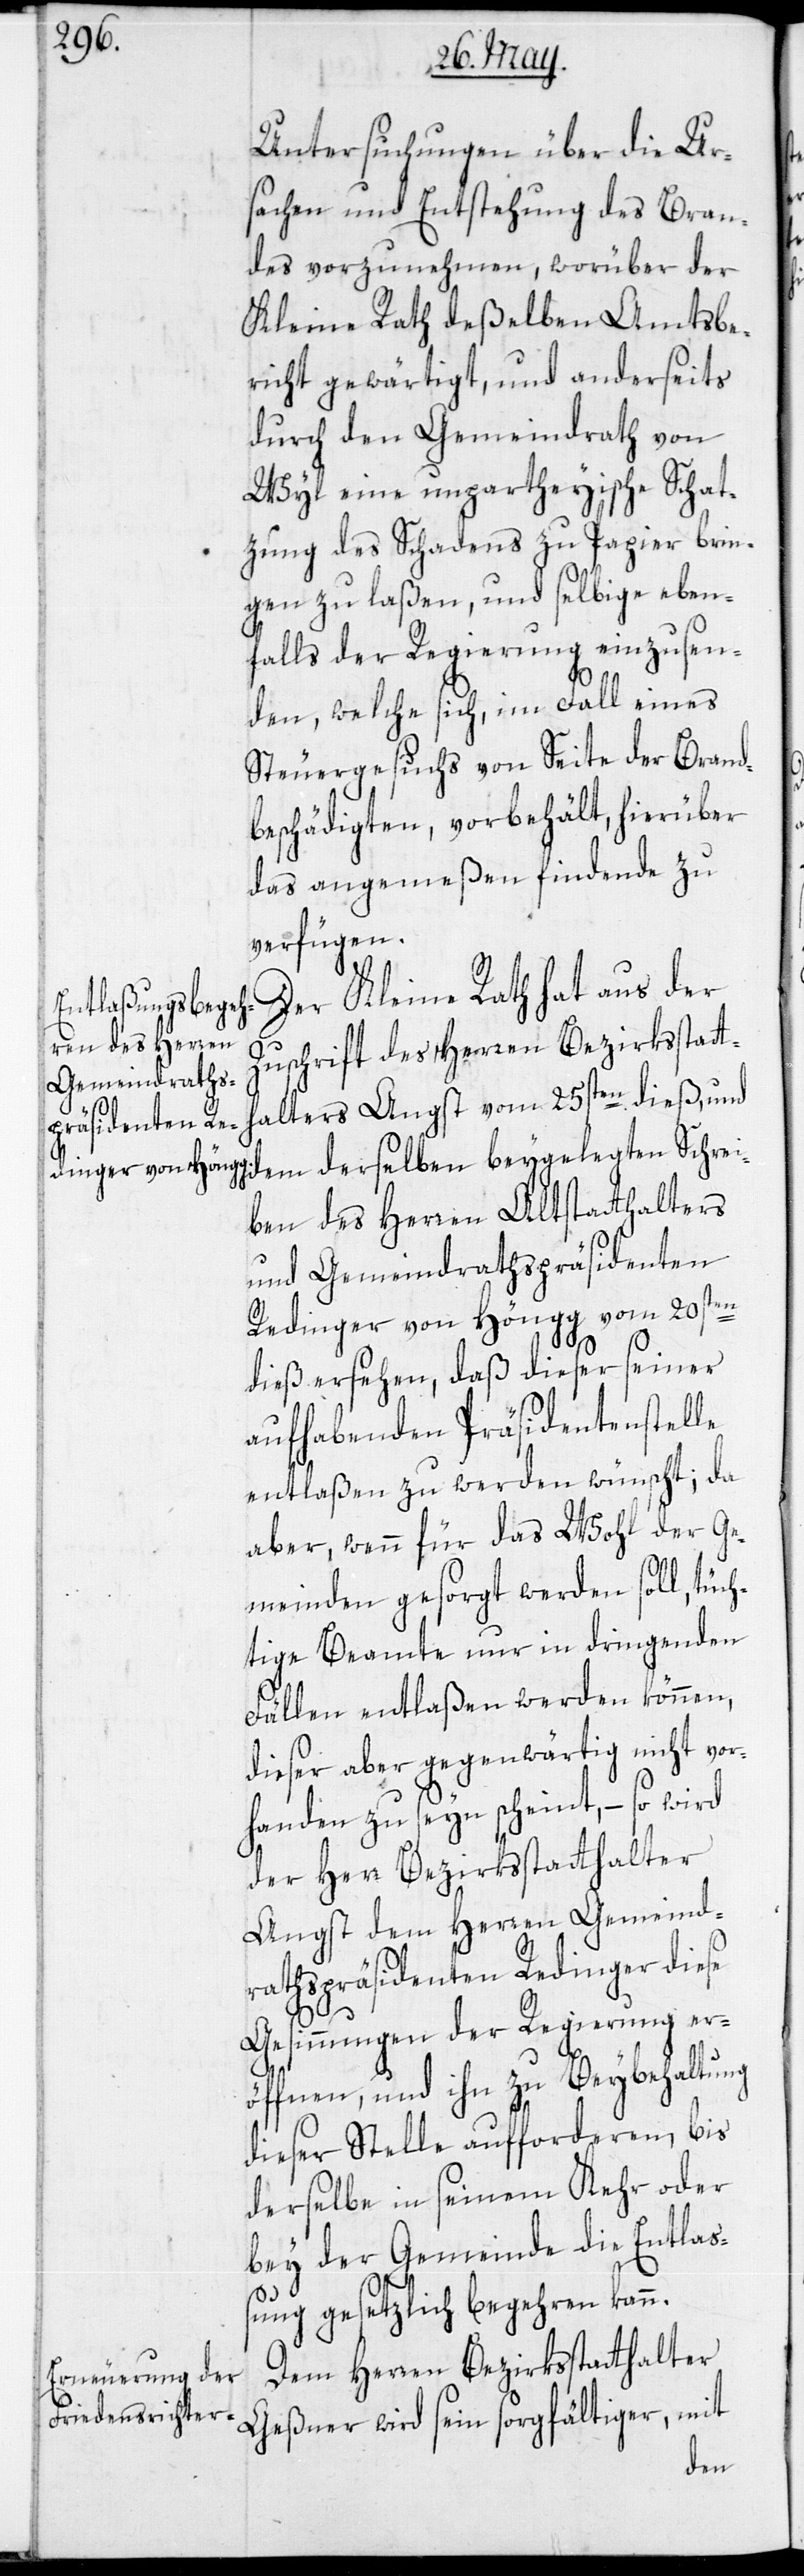
Untersuchungen über die Ur¬
sachen und Entstehung des Bran¬
des vorzunehmen, worüber der
Kleine Rath deßelben Amtsbe¬
richt gewärtigt, und anderseits
durch den Gemeindrath von
Wyl eine unpartheyische Schat¬
zung des Schadens zu Papier brin¬
gen zu laßen, und selbige eben¬
falls der Regierung einzusen¬
den, welche sich, im Fall eines
Steuergesuchs von Seite der Brand¬
beschädigten, vorbehält, hierüber
das angemeßen findende zu
verfügen.
Der Kleine Rath hat aus der
Zuschrift des Herren Bezirksstatt¬
halters Angst vom 25sten dieß, und
ben des Herren Altstatthalters
und Gemeindrathspräsidenten
Redinger von Höngg vom 20sten
dieß ersehen, daß dieser seiner
aufhabenden Präsidentenstelle
entlaßen zu werden wünscht; da
aber, wenn für das Wohl der Ge¬
meinden gesorgt werden soll, tüch¬
tige Beamte nur in dringenden
Fällen entlaßen werden können,
dieser aber gegenwärtig nicht vor¬
handen zu seyn scheint, – so wird
der Herr Bezirksstatthalter
Angst dem Herren Gemeind¬
rathspräsidenten Redinger diese
Schrei¬
Gesinnungen der Regierung er¬
öffnen, und ihn zu Beybehaltung
dieser Stelle aufforderen, bis
derselbe in seinem Kehr oder
bey der Gemeinde die Entlas¬
sung gesetzlich begehren kann.
Dem Herren Bezirksstatthalter
Geßner wird sein sorgfältiger, mit
dem